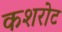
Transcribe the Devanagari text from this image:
कशरोट